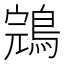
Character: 鵍